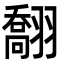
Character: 䎗